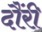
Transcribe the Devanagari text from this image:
दौंरी